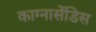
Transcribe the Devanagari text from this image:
काग्नासेंडिस